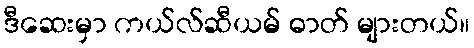
ဒီဆေးမှာ ကယ်လ်ဆီယမ် ဓာတ် များတယ်။